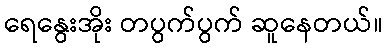
ရေနွေးအိုး တပွက်ပွက် ဆူနေတယ်။